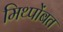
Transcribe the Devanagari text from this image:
मिथ्पोंबत